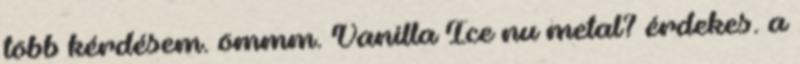
több kérdésem. ömmm. Vanilla Ice nu metal? érdekes. a